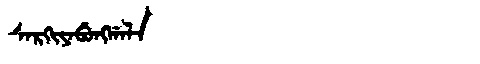
Manchu: ᠰᠠᡵᡴᡳᠶᠠᠪᡠᠩᡤᠠᠯᠠ
Romanization: SARKIYABUNGGALA